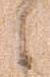
之